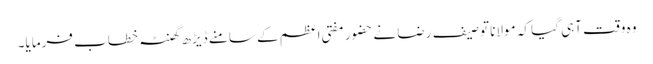
وہ وقت آہی گیا کہ مولانا توصیف رضا نے حضور مفتی اعظم کے سامنے ڈیڑھ گھنٹہ خطاب فرمایا۔